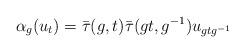
LaTeX: \begin{align*} \alpha_g(u_t) = \bar{\tau}(g,t)\bar{\tau}(gt,g^{-1})u_{gtg^{-1}} \end{align*}